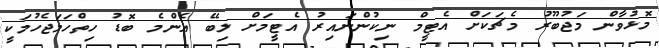
މޮޅުވާން މަޖުބޫރު މެޗަކަށް އެޓީމް ނިކުންނައިރު އެޓީމަށް ލިބޭ އެންމެ ބޮޑު ހިތްހަމަޖެހުމަކީ